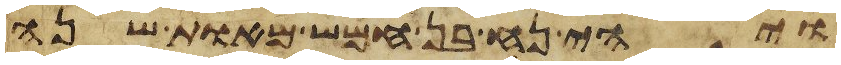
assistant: ויהי נח בן חמש מאות שנה